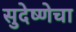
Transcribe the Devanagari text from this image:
सुदेष्णेचा